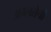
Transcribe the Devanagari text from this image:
अम्लतेची